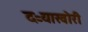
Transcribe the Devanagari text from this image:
दऱ्याखोरी